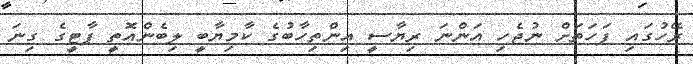
ރޭހުގައި ފަހަތަށް ނުޖެހި އަންނަ ރިޔާސީ އިންތިހާބުގެ ކާމިޔާބީ ލިބެންއޮތީ ޕާޓީގެ ގިނަ